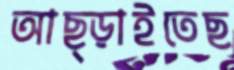
আছ্‌ড়াইতেছ